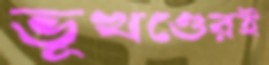
ভূখণ্ডেরই